Annual administration report of the Civil Veterinary Department, Ajmere-Merwara, British Rajputana - 1914-1940
Year: 1914
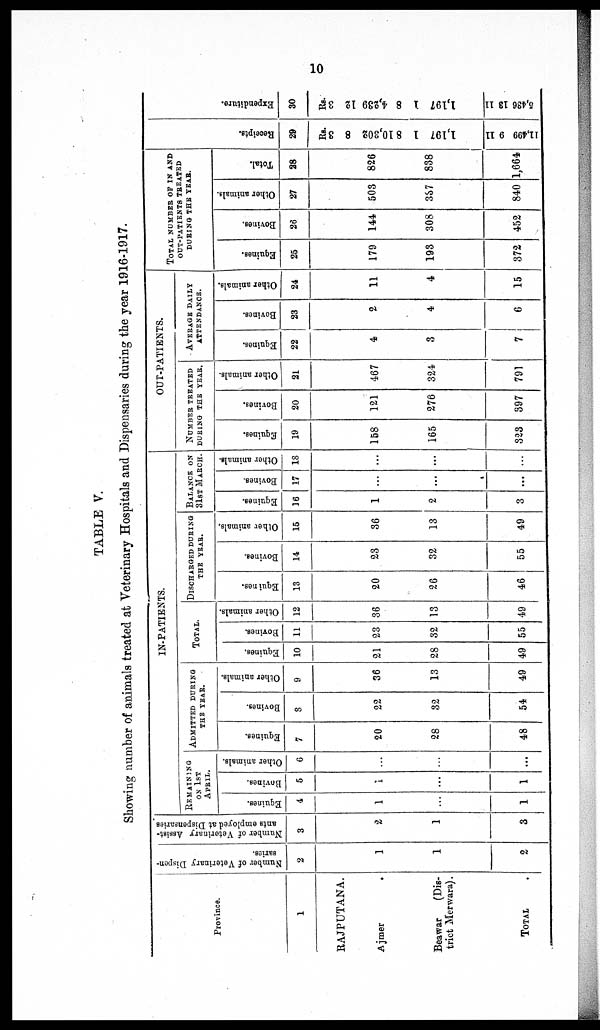
10
TABLE V.
Showing number of animals treated at Veterinary Hospitals and Dispensaries during the year 1916-1917.
Province.
1
RAJPUTANA.
Ajmer
Beawar
(Dis-
trict Merwara).
TOTAL
Number of Veterinary Dispen-
saries.
2
1
1
2
Number of Veterinary Assist-
ants employed at Dispensaries.
3
2
1
3
IN-PATIENTS.
REMAINING
ON 1ST
APRIL.
Equines.
4
1
...
1
Bovines.
5
1
...
1
Other animals.
6
...
...
...
ADMITTED DURING
THE
YEAR.
Equines.
7
20
28
48
Bovines.
8
22
32
54
Other animals.
9
36
13
49
TOTAL.
Equines.
10
21
28
49
Bovines.
11
23
32
55
Other animals.
12
36
13
49
DISCHARGED DURING
THE YEAR.
Equines.
13
20
26
46
Bovines.
14
23
32
55
Other animals.
15
36
13
49
BALANCE ON
31ST MARCH.
Equines.
16
1
2
3
Bovines.
17
...
...
...
Other animals.
18
...
...
...
OUT-PATIENTS.
NUMBER TREATED
DURING THE YEAR.
Equines.
19
158
165
323
Bovines.
20
121
276
397
Other animals.
21
467
324
791
AVERAGE DAILY
ATTENDANCE.
Equines.
22
4
3
7
Bovines.
23
2
4
6
Other animals.
24
11
4
15
TOTAL NUMBER OF IN AND
OUT-PATIENTS TREATED
DURING THE YEAR.
Equines.
25
179
193
372
Bovines.
26
144
308
452
Other animals.
27
503
337
840
Total.
28
826
838
1,664
Recei pt s.
29
Rs.
3
8
8 10,302
1
1,197
11
9
11,499
Expendi t
ur e.
30
Rs.
3
12
8 4,239
1
1,197
11
13
5,436